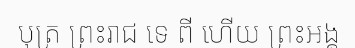
បុត្រ ព្រះរាជ ទេ ពី ហើយ ព្រះអង្គ